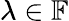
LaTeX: \lambda\in\mathbb{F}